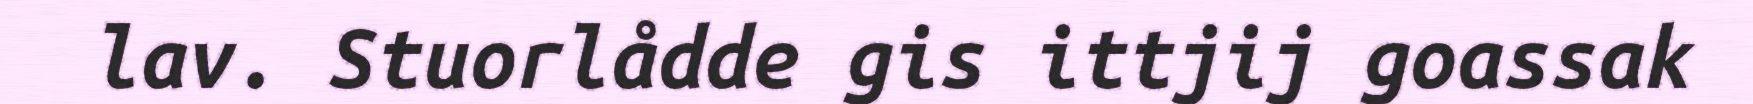
lav. Stuorlådde gis ittjij goassak